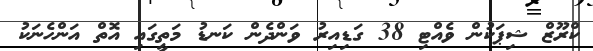
ކްރޫޒް ޝިޕަކުން ވެއްޓި 38 ގަޑިއިރު ވަންދެން ކަނޑު މަތީގައި އޮތް އަންހެނަކު